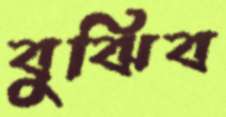
বুঝিব